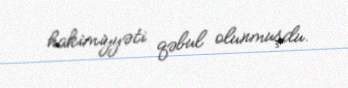
hakimiyyəti qəbul olunmuşdu.